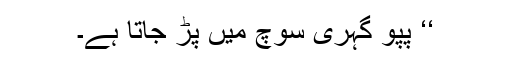
‘‘ پپو گہری سوچ میں پڑ جاتا ہے۔